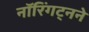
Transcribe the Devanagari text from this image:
नॉरिंगट्नने